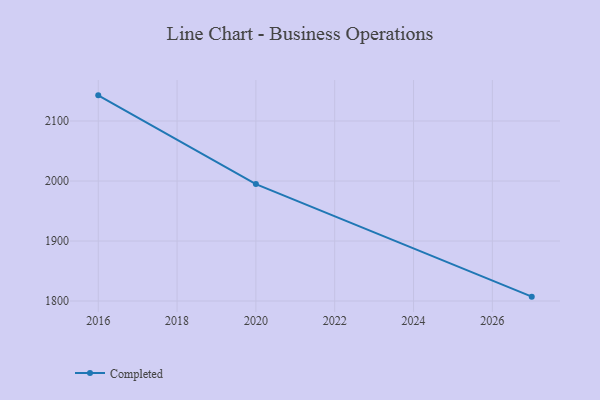
{"axis": {"x": "Year", "y": "Active Users"}, "legend": ["Completed"], "data": [{"x": "2027", "y": 1807.3, "type": "Completed"}, {"x": "2020", "y": 1994.8, "type": "Completed"}, {"x": "2016", "y": 2142.7, "type": "Completed"}]}